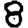
Digit: 8